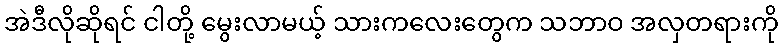
အဲဒီလိုဆိုရင် ငါတို့ မွေးလာမယ့် သားကလေးတွေက သဘာဝ အလှတရားကို